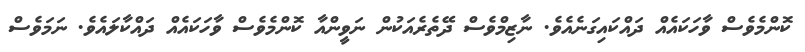
ކޮންމެވެސް ވާހަކައެއް ދައްކައިގަނެއެވެ. ނާޒިމްވެސް ދޭތެރެއަކުން ނަވީންއާ ކޮންމެވެސް ވާހަކައެއް ދައްކާލައެވެ. ނަމަވެސް